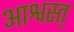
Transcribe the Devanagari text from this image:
आश्वस्त्